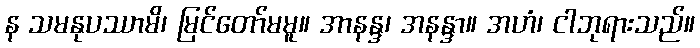
န သမနုပဿာမိ၊ မြင်တော်မမူ။ အာနန္ဒ၊ အနန္ဒာ။ အဟံ၊ ငါဘုရားသည်။